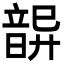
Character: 𩐦